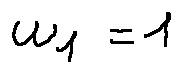
w _ { 1 } = 1